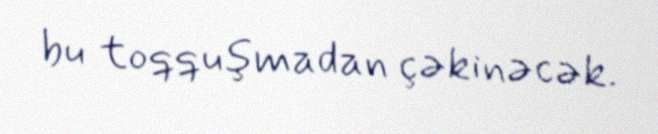
bu toqquşmadan çəkinəcək.